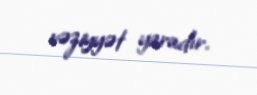
vəziyyət yaradır.